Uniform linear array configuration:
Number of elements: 8
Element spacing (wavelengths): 0.25
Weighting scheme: hamming
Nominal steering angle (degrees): -60
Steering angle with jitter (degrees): -61.944
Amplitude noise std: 0.05
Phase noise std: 0.05

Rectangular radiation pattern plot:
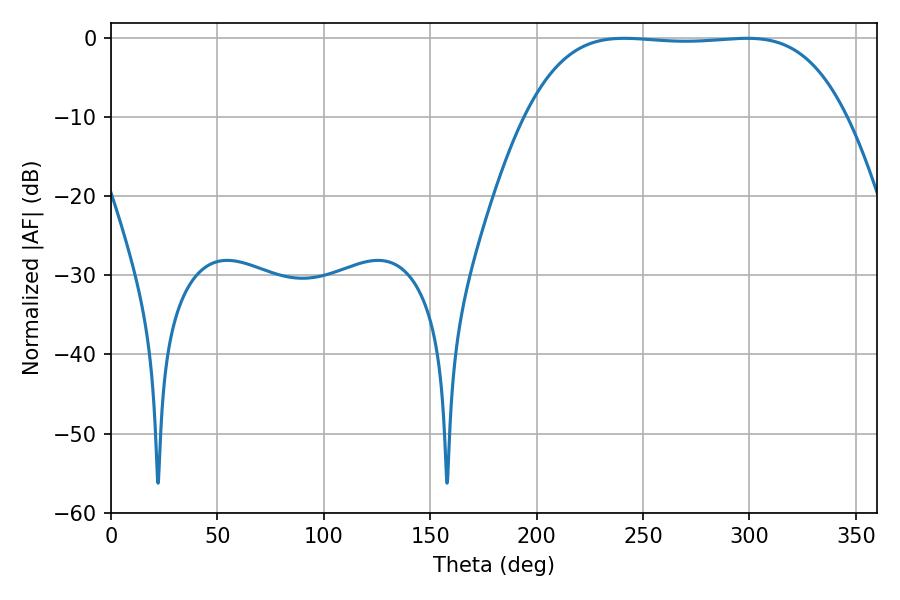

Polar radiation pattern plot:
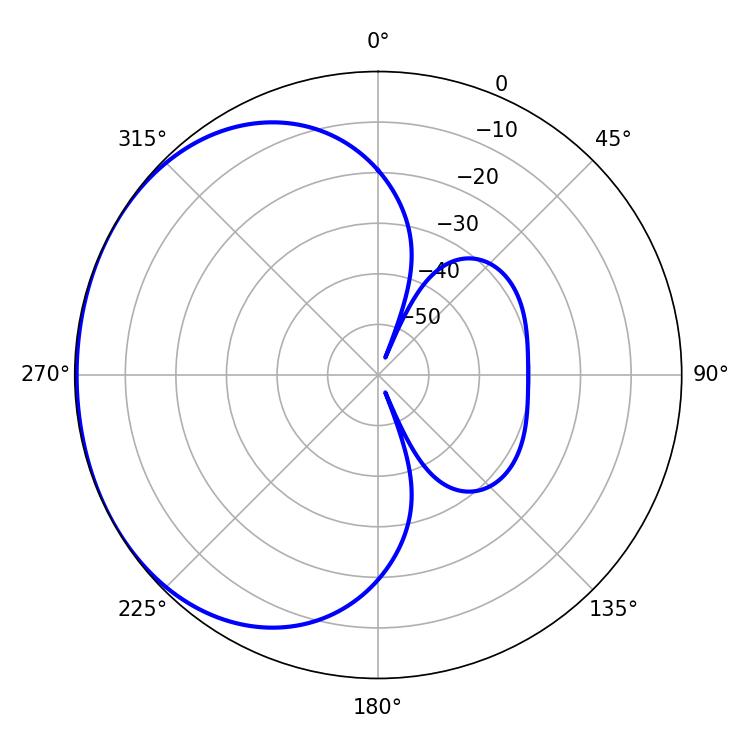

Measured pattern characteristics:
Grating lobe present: FALSE
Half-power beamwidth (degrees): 117
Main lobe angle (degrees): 241.2